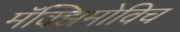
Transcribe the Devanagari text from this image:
मॅक्झिमोविच